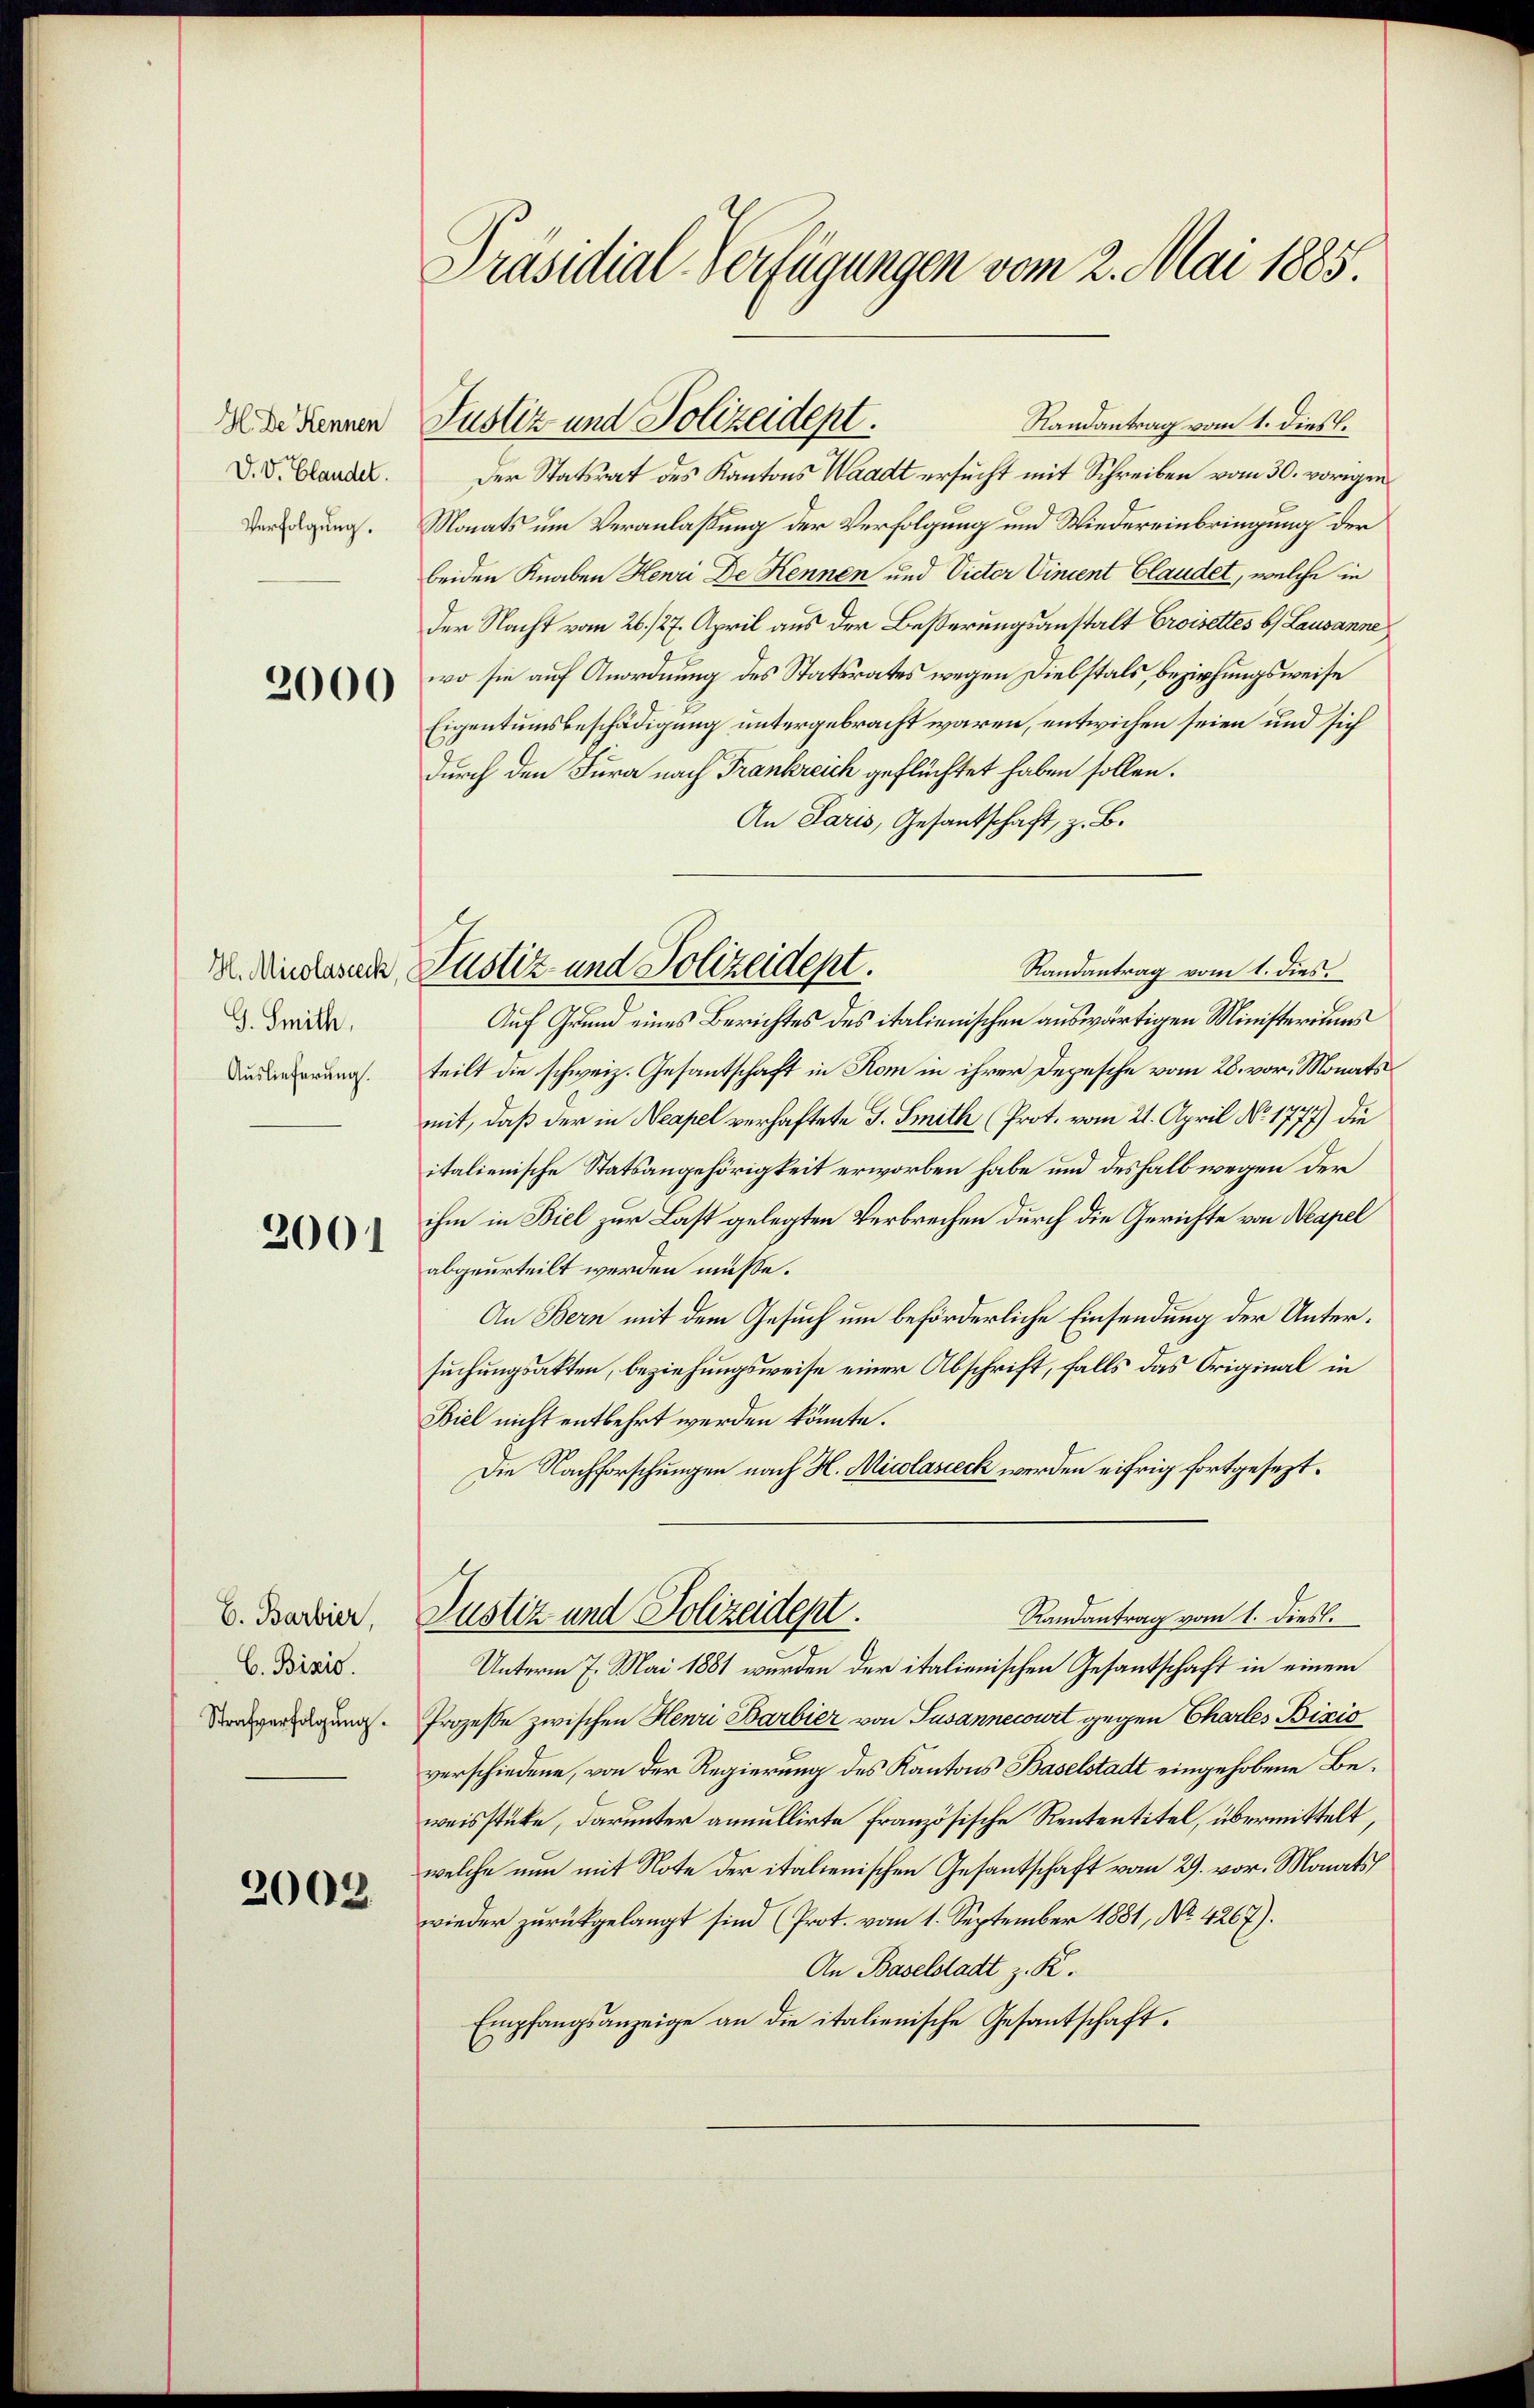
H. De Kennen
D. V. Blandel.
Verfolgung.

2000

H. Micolasteck,
G. Smith,
Auslieferung.

2001

E. Barbier,
C. Binio.
Strafverfolgung.

2003.

Präsidial-Verfügungen vom 2. Mai 1885.

Randantrag vom 1. dies
Der Statsrat des Kantons Waadt ersucht mit Schreiben vom 30. vorigen
Monats um Veranlaßung der Verfolgung und Wiedereinbringung der
beiden Knaben Henri De Kennen und Victer Vincent Claudet, welche in
der Nacht vom 26. 127. April aus der Besserungsanstalt Croisettes b Lausanne
wo sie auf Anordnung des Statsrates wegen Diebstals, beziehungsweise
Eigentumsbeschädigung untergebracht waren, entwichen seien und sich
durch den Jura nach Frankreich geflüchtet haben sollen.
An Paris, Gesandschaft, z. B.
Auf Grund eines Berichtes des italienischen auswärtigen Ministeriums
teilt die schweiz. Gesantschaft in Kom in ihrer Depesche vom 28. vor. Monatsmit, daß der in Neapel verhaftete J. Smith (Prot. vom 21. April No 1777) die
italienische Statsangehörigkeit erworben habe und deshalb wegen der
ihm in Biel zur Last gelegten Verbrechen durch die Gerichte von Neapel
abgeurteilt werden müsse.
An Bern mit dem Gesuch um beförderliche Einsendung der Untersuchungsakten, beziehungsweise einer Abschrift, falls das Original in
Biel nicht entbehrt werden könnte.
Die Nachforschungen nach H. Micolasieck werden eifrig fortgesezt.
Randantrag vom 1. Diesl.
Justiz und Polizeidept.
Unterm 7. Mai 1881 wurden der italienischen Gesantschaft in einem
Prozesse zwischen Henri Barbier von Susannecourt gegen Chartes Bizio
verschiedene, von der Regierung des Kantons Baselstadt eingehobene Beweisstücke, darunter annullirte Französische Rententitel, übermittelt,
welche nun mit Note der italienischen Gesandtschaft vom 29. vor. Monats
wieder zurückgelangt sind (Prot. vom 1. September 1881, No. 4267).
An Baselstadt z. R.
Empfangsanzeige an die italienische Gesantschaft.

Justiz und Polizeidept.

Justiz- und Polizeidept.
Randantrag vom 1. dies